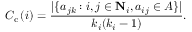
C _ { \mathrm { { c } } } \left( i \right) = \frac { | \{ a _ { j k } : i , j \in { \mathbf { N } } _ { i } , a _ { i j } \in A \} | } { k _ { i } ( k _ { i } - 1 ) } .